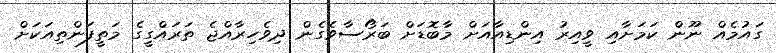
ގައުމެއް ނޫން ކަމަށާއި ވީއިރު އިންޑިއާއަށް މާބޮޑަށް ބަރޯސާވެގެން ދިވެހިރާއްޖެ ތަރައްގީގެ މަތީފަންތިއަކަށް